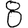
Digit: 8